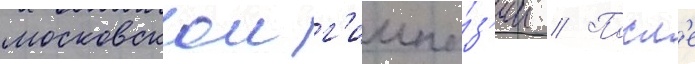
московскои г'имна́з'ии // Посл'е